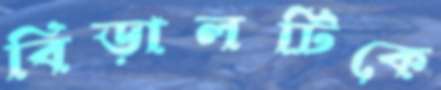
বিড়ালটিকে